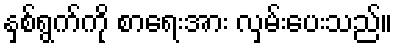
နှစ်ရွက်ကို စာရေးအား လှမ်းပေးသည်။